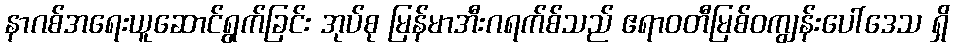
နာဂစ်အရေးယူဆောင်ရွက်ခြင်း အုပ်စု မြန်မာအီးဂရက်စ်သည် ဧရာဝတီမြစ်ဝကျွန်းပေါ်ဒေသ ရှိ